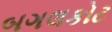
બગલકોટ